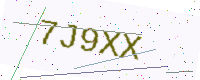
Text: 7J9XX